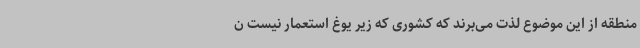
منطقه از این موضوع لذت می‌برند که کشوری که زیر یوغ استعمار نیست ن